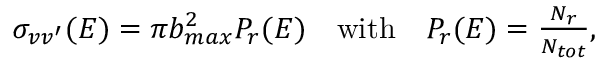
\begin{array} { r } { \sigma _ { v v ^ { \prime } } ( E ) = \pi b _ { m a x } ^ { 2 } P _ { r } ( E ) \quad \mathrm { w i t h } \quad P _ { r } ( E ) = { \frac { N _ { r } } { N _ { t o t } } } , } \end{array}